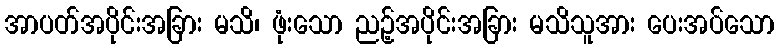
အာပတ်အပိုင်းအခြား မသိ၊ ဖုံးသော ညဉ့်အပိုင်းအခြား မသိသူအား ပေးအပ်သော